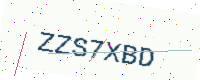
Text: ZZS7XBD